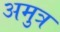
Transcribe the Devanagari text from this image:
अमुत्र